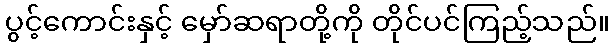
ပွင့်ကောင်းနှင့် မှော်ဆရာတို့ကို တိုင်ပင်ကြည့်သည်။